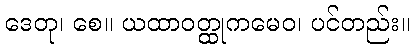
ဒေတု၊ စေ။ ယထာဝတ္ထုကမေဝ၊ ပင်တည်း။